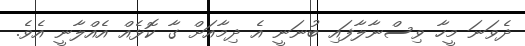
ދެވަނަ މީހާ ވިސްނާލާފައި ބުނަނީ އެ ދިމާއަށް ގާ ކޮޅެއް އެއްލާނީ އެވެ.